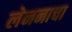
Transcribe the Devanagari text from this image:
लेननाचा